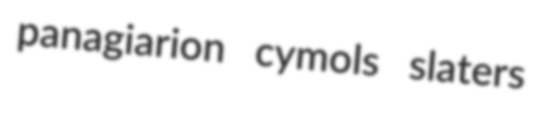
panagiarion cymols slaters